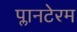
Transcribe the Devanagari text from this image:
प्लानटेरम